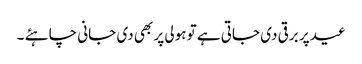
عید پر برقی دی جاتی ہے تو ہولی پر بھی دی جانی چاہئے ۔